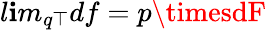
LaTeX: l\mathbf{i}m_{q\top}df=p\timesdF